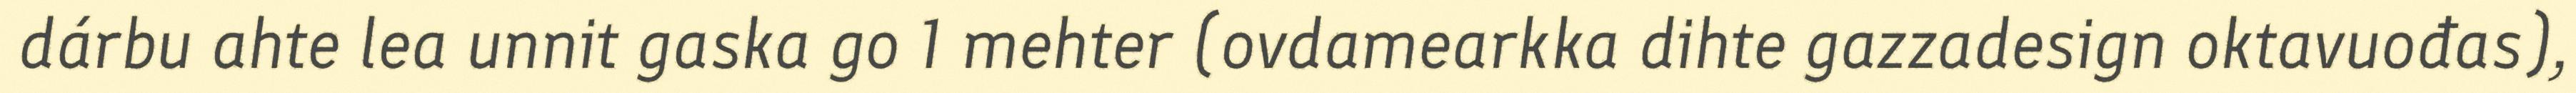
dárbu ahte lea unnit gaska go 1 mehter (ovdamearkka dihte gazzadesign oktavuođas),